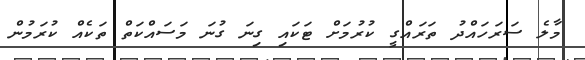
މާލެ ސަރަހައްދު ތަރައްގީ ކުރުމަށް ޓަކައި ގިނަ ގުނަ މަސައްކަތް ތަކެއް ކުރަމުން